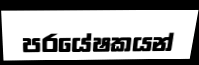
පරයේෂකයන්